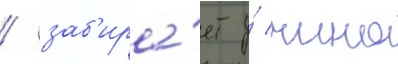
/ заб'ира́ет у́ чино